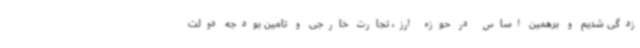
زدگی شدیم و برهمین اساس در حوزه ارز، تجارت خارجی و تامین بودجه دولت